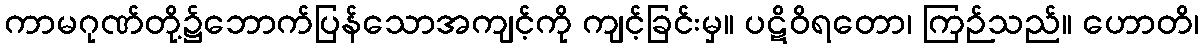
ကာမဂုဏ်တို့၌ဘောက်ပြန်သောအကျင့်ကို ကျင့်ခြင်းမှ။ ပဋိဝိရတော၊ ကြဉ်သည်။ ဟောတိ၊